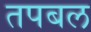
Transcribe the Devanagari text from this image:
तपबल